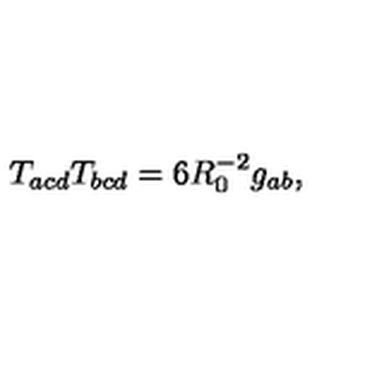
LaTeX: T _ { a c d } T _ { b c d } = 6 R _ { 0 } ^ { - 2 } g _ { a b } ,